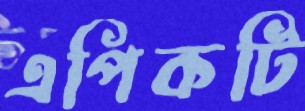
এপিকটি